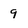
Character: 9